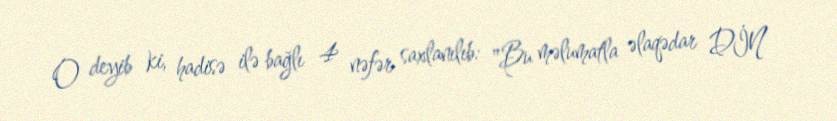
O deyib ki, hadisə ilə bağlı 4 nəfər saxlanılıb: "Bu məlumatla əlaqədar DİN